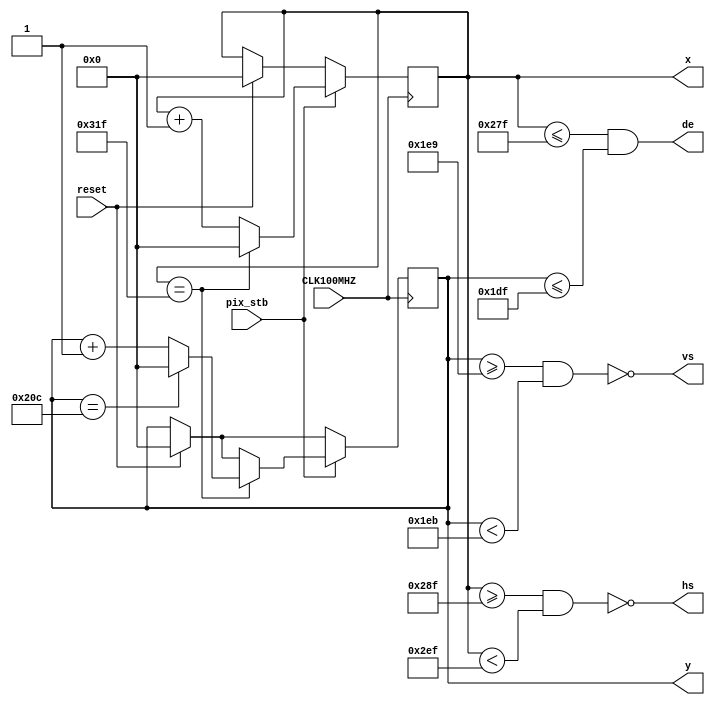
`timescale 1ns / 1ps
//////////////////////////////////////////////////////////////////////////////////
// Company: 
// Engineer: 
// 
// Design Name: 
// Module Name: vga640x480
// Project Name: 
// Target Devices: 
// Tool Versions: 
// Description: 
// 
// Dependencies: 
// 
// Revision:
// Revision 0.01 - File Created
// Additional Comments:
// 
//////////////////////////////////////////////////////////////////////////////////


module vga640x480(
    input CLK100MHZ,    // board clock
    input pix_stb,      // pixel clock strobe
    input reset,        // reset frames
    output hs,          // horizontal sync
    output vs,          // vertical sync
    output de,          // data enable low during blanking interval
    output reg [9:0] x = 0, // current pixel x position
    output reg [9:0] y = 0  // current pixel y position  
    );
    
    //VGA Timings
    //Horizontal timings
    localparam HA_END = 639;         // horizontal sync start
    localparam HS_STA = HA_END + 16; // horizontal sync end
    localparam HS_END = HS_STA + 96; // horizontal active pixel start
    localparam LINE = 799;           // complete line (pixels)
    
    //Vertical timings
    localparam VA_END = 479;         // verical active pixel end
    localparam VS_STA = VA_END + 10; // vertical sync start
    localparam VS_END = VS_STA + 2;  // vertical sync end
    localparam SCREEN = 524;         // complete screen (lines
    
    //generate sync signals (active low for 640x480)
    assign hs = ~((x >= HS_STA) && (x < HS_END));
    assign vs = ~((y >= VS_STA) && (y < VS_END));
    
    //date enable (de): low within the blanking period
    assign de = ((x <= HA_END) && (y <= VA_END));
    
    always @(posedge CLK100MHZ) begin
        if(reset) begin //reset to start of frame
            x <= 0;
            y <= 0;
        end               
        
        if(pix_stb) begin //once per pixel
            if(x == LINE) begin //end of line
                x <= 0;
                y <= (y == SCREEN) ? 0 : y + 1; //last line on screen?
            end else begin
                x <= x + 1;
            end
        end
    end
endmodule